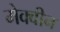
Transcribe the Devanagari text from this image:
मेक्वीन